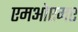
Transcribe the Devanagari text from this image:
एमओएमए